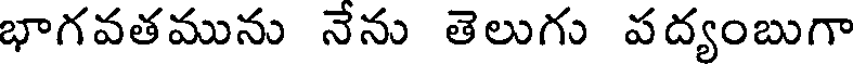
భాగవతమును నేను తెలుగు పద్యంబుగా